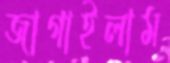
জাগাইলাম